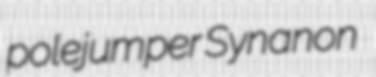
polejumper Synanon